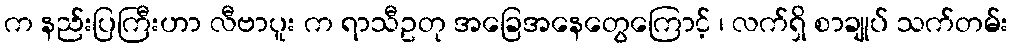
က နည်းပြကြီးဟာ လီဗာပူး က ရာသီဥတု အခြေအနေတွေကြောင့် ၊ လက်ရှိ စာချုပ် သက်တမ်း